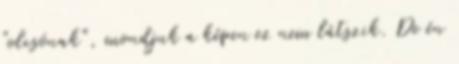
"olcsónak", mondjuk a képen ez nem látszik. De én